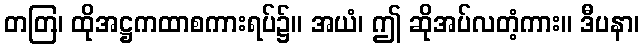
တတြ၊ ထိုအဋ္ဌကထာစကားရပ်၌။ အယံ၊ ဤ ဆိုအပ်လတံ့ကား။ ဒီပနာ၊